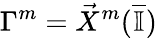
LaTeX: \Gamma^{m}=\vec{X}^{m}(\overline{{\mathbb{I}}})